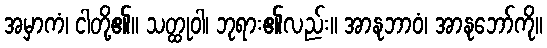
အမှာကံ၊ ငါတို့၏။ သတ္ထုဝါ၊ ဘုရား၏လည်း။ အာနုဘာဝံ၊ အာနုဘော်ကို။